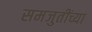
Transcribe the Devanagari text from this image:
समजुतींच्या